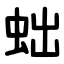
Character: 䖦